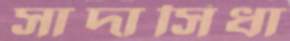
সাদাসিধা